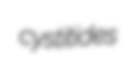
cystitides